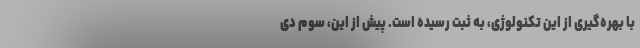
با بهره‌‌گیری از این تکنولوژی، به ثبت رسیده است. پیش از این، سوم دی